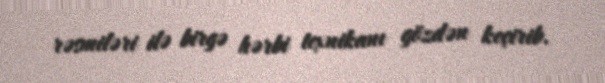
rəsmiləri ilə birgə hərbi texnikanı gözdən keçirib.